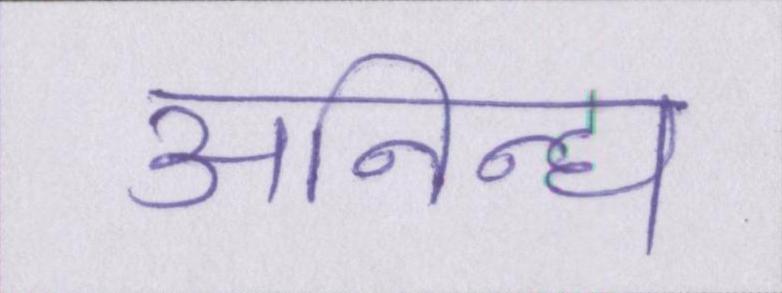
अनिन्द्य